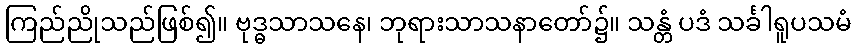
ကြည်ညိုသည်ဖြစ်၍။ ဗုဒ္ဓသာသနေ၊ ဘုရားသာသနာတော်၌။ သန္တံ ပဒံ သင်္ခါရူပသမံ